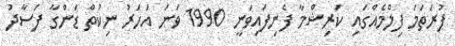
ފުރަތަމަ ފިލްމެއްގައި ކަރިޝްމާ ފެނިފައިވަނީ 1990 ވަނަ އަހަރު ނިކުތް ޑަންގާ ފަސާދު